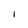
Character: I